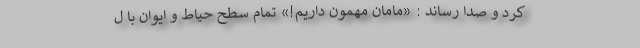
کرد و صدا رساند : «مامان مهمون داریم!» تمام سطح حیاط و ایوان با ل